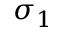
\sigma _ { 1 }